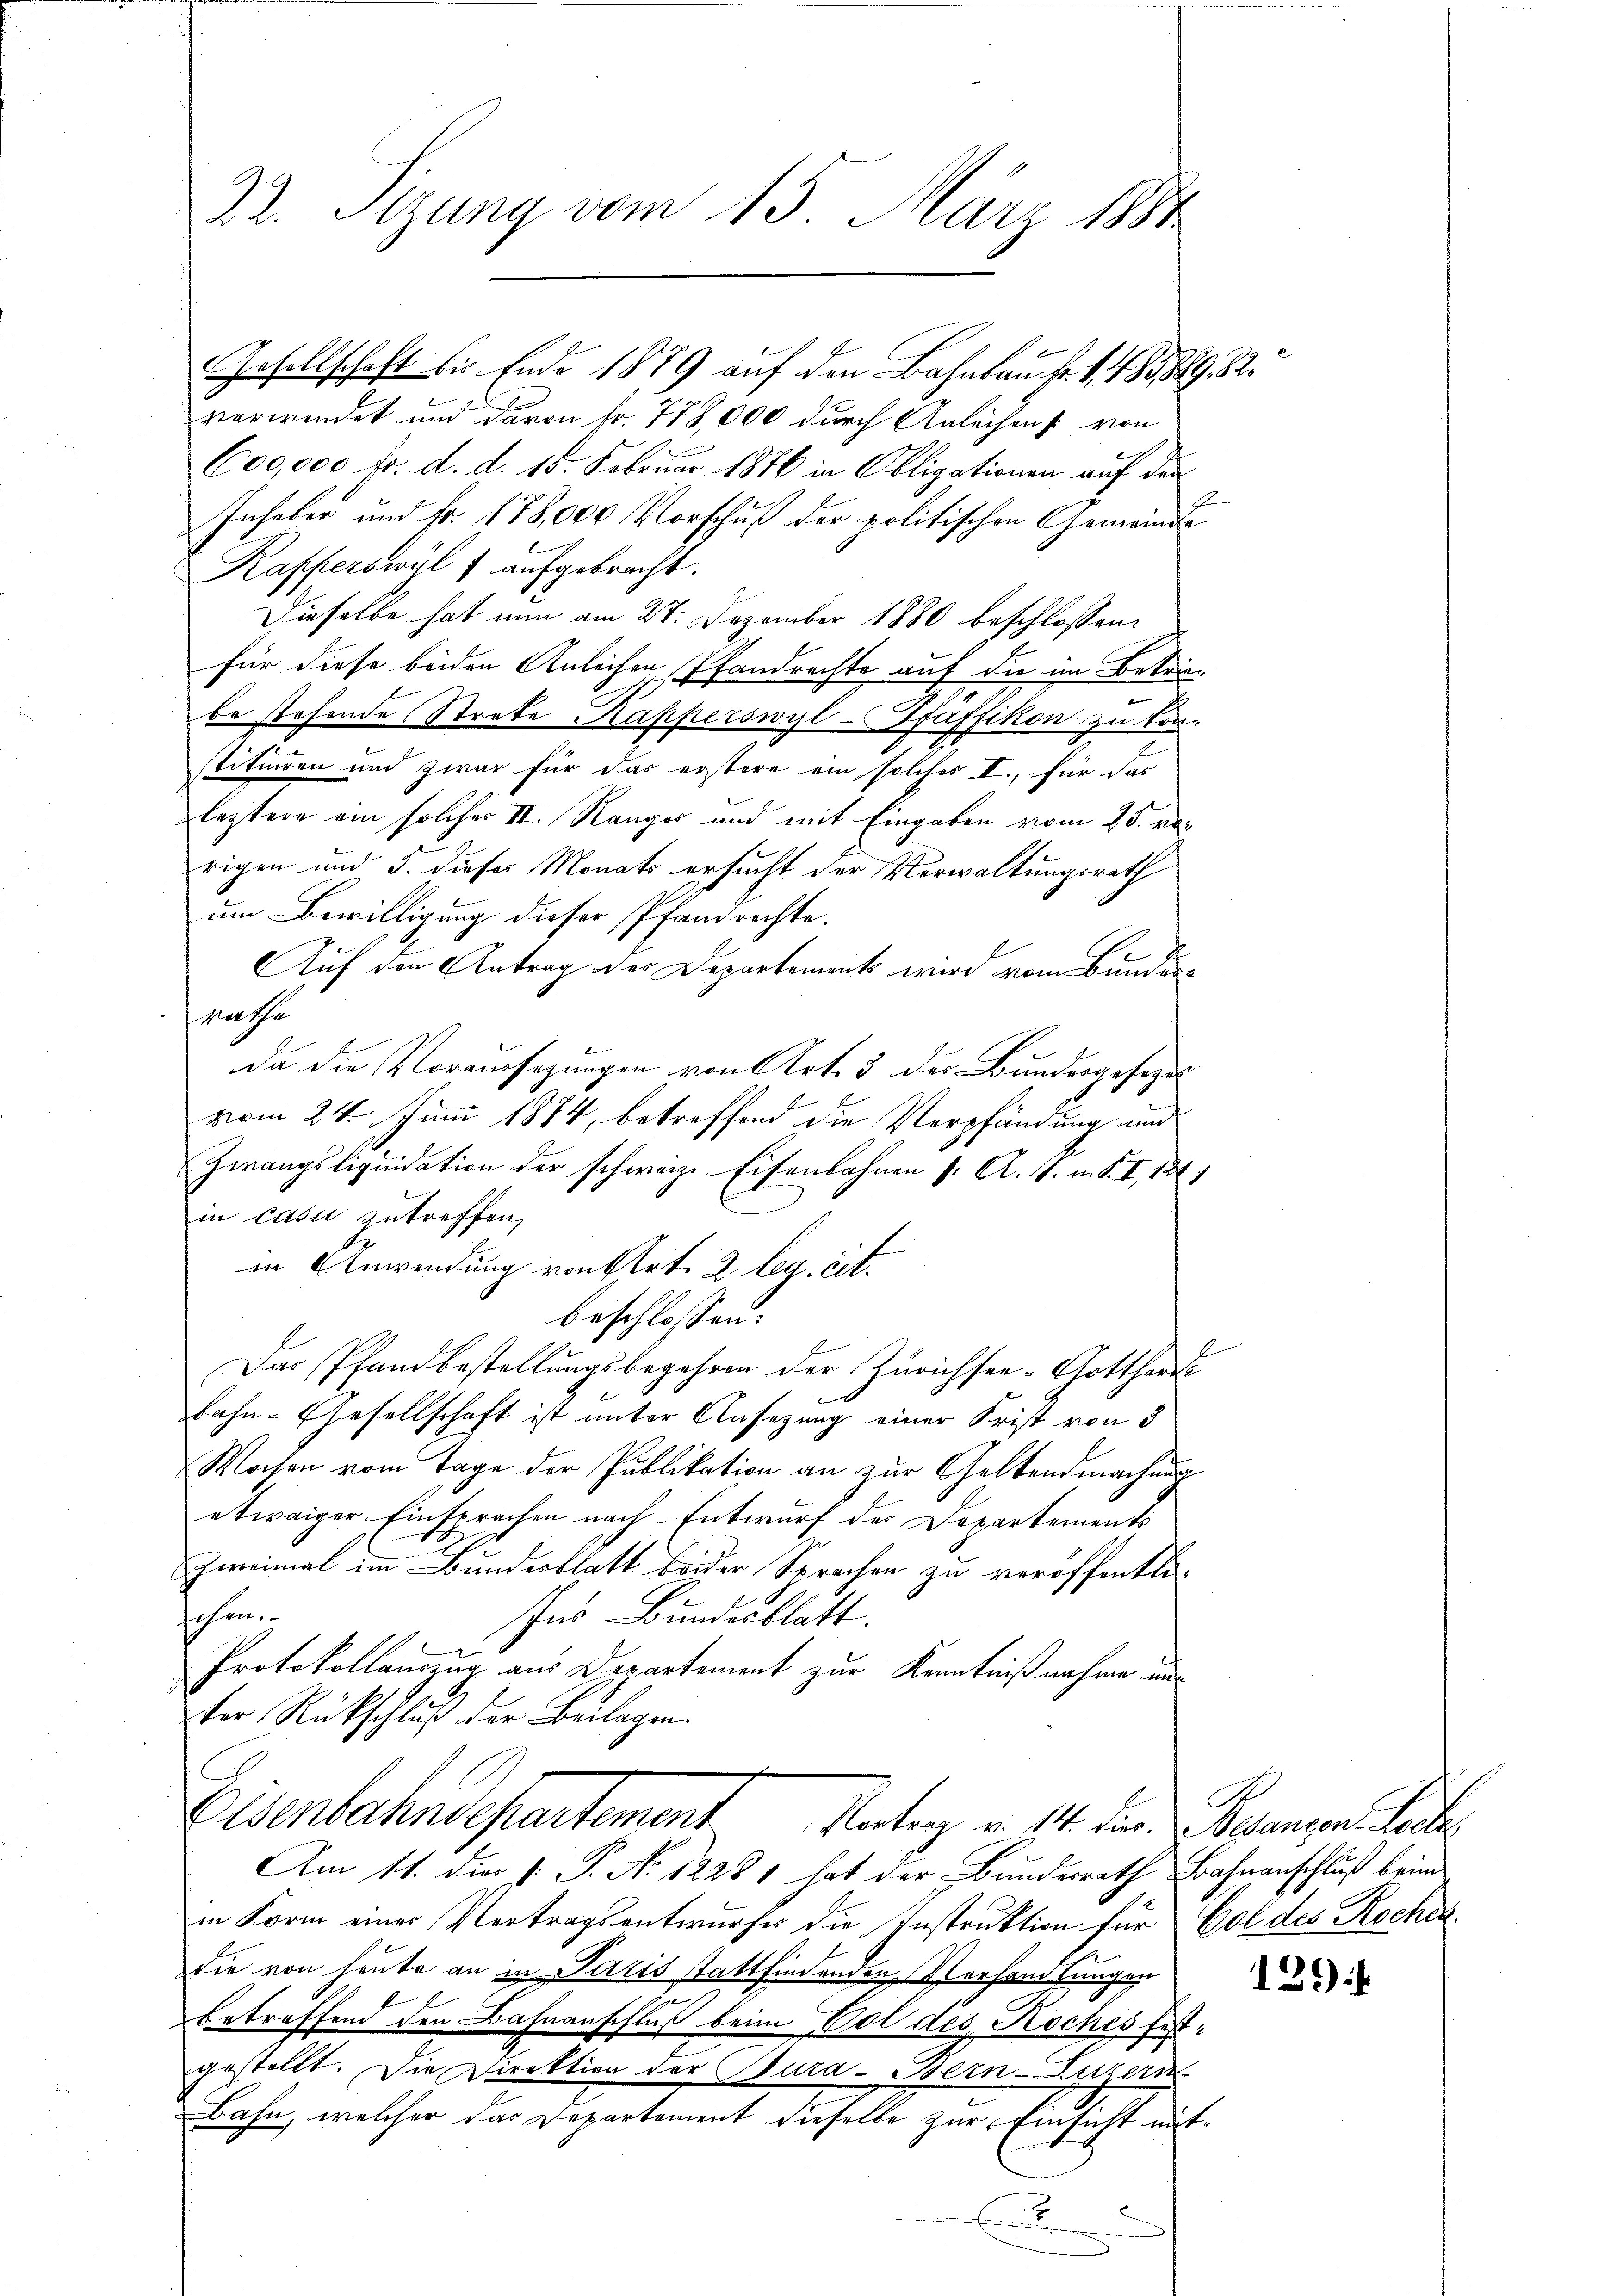
22. Sizung vom 15. März 1884

Gesellschaft bis Ende 1879 auf den Bahnbau fr. 1. 1858892.
verwendet und davon Fr. 778,000 durch Anleihen : von
600,000 fr. d. d. 15. Februar 1876 in Obligationen auf den
Inhaber und fr. 178,000 Vorschuß der politischen Gemeinde
Kapferswyl 1 aufgebracht.
Dieselbe hat nun am 27. Dezember 1880 beschlossen:
für diese beiden Anleihen Pfandrechte auf die im Betriebe stehende Streke Kapperswyl-Gfaffikon zu kon
stituiren und zwar für das erstere ein solches I., für das
leztere ein solcher II. Ranges und mit Eingaben vom 25. verigen und 3. dieses Monats ersucht der Verwaltungsrath
um Bewilligung dieser Pfandrechte.
Auf den Antrag der Departement wird vom Bunder
Rathe
da die Voraussagungen von Art. 3 des Bundesgesezes
vom 24. Juni 1874, betreffend die Verpfändung un
Zwangsliquidation der schweiz. Eisenbahnen s. A. S. m. S. I, 1817
in casii zutreffen,
in Anwendung von Art. 2 leg. cit.
beschlossen:
Das Pfandbestellungsbegehren der Zürichsee-Gotthard
Bahn-Gesellschaft ist unter Ansezung einer Frist von 3
Wochen vom Tage der Publikation an zur Geltendmachung
etwaiger Einsprachen nach Entwurf des Departements
Zweimal im Bundesblatt beider Sprachen zu veröffentlisehen.
Ins Bundesblatt.
Protokollauszug aus Departement zur Kenntnißnahme uns
ter Rückschluß der Beilagen.
Eisenbahndepartement
Kontrag v. 14. der Beangen Sach
Am 11. die v. P. No 12281 hat der Bundesrath Bahnanschluß beim
in Korm einer Vertragsentwurfer die Instruktion für Gol des Rochen
die von heute an in Paris stattfindenden Vorhandlungen
betreffend den Bahnanschluß beim Vol des Koches festgestellt. Die Direktion der Bura-Bern-Luzern
Bahn, welcher das Departement dieselbe zur Einsicht mit¬
.

129